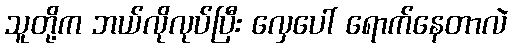
သူတို့က ဘယ်လိုလုပ်ပြီး လှေပေါ် ရောက်နေတာလဲ